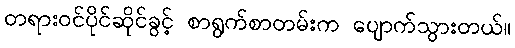
တရားဝင်ပိုင်ဆိုင်ခွင့် စာရွက်စာတမ်းက ပျောက်သွားတယ်။